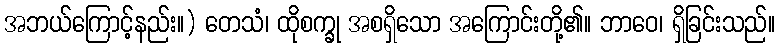
အဘယ်ကြောင့်နည်း။) တေသံ၊ ထိုစက္ခု အစရှိသော အကြောင်းတို့၏။ ဘာဝေ၊ ရှိခြင်းသည်။